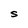
Character: S